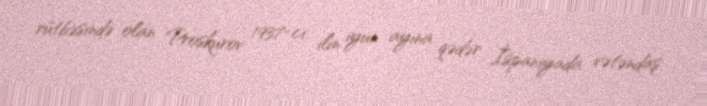
rütbəsində olan Proskurov 1937-ci ilin iyun ayına qədər İspaniyada vətəndaş